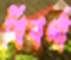
বিবর্ণা